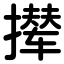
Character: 撵